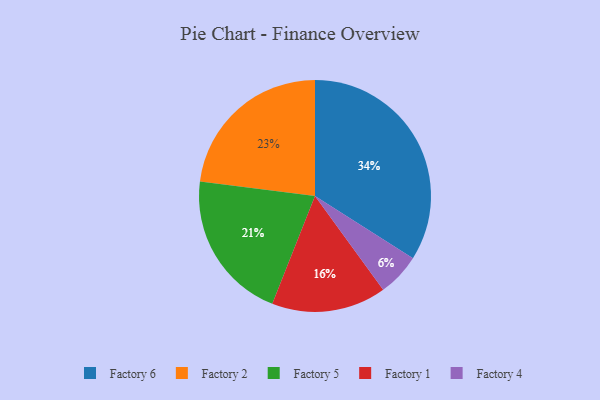
{"axis": {"x": "Category", "y": "Percentage"}, "legend": ["Factory 1", "Factory 2", "Factory 4", "Factory 5", "Factory 6"], "data": [{"x": "Factory 2", "y": 23, "type": "Factory 2"}, {"x": "Factory 1", "y": 16, "type": "Factory 1"}, {"x": "Factory 6", "y": 34, "type": "Factory 6"}, {"x": "Factory 4", "y": 6, "type": "Factory 4"}, {"x": "Factory 5", "y": 21, "type": "Factory 5"}]}